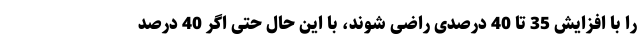
را با افزایش 35 تا 40 درصدی راضی شوند، با این حال حتی اگر 40 درصد